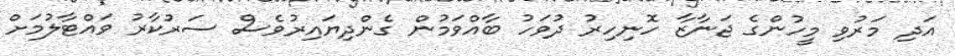
އަދި މަރުވި މީހުންގެ ޖަނާޒާ ހޮނިހިރު ދުވަހު ބާއްވަމުން ގެންދިޔައިރުވެސް ސަރުކާރު ވައްޓާލުމަށް